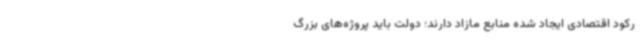
رکود اقتصادی ایجاد شده منابع مازاد دارند؛ دولت باید پروژه‌های بزرگ